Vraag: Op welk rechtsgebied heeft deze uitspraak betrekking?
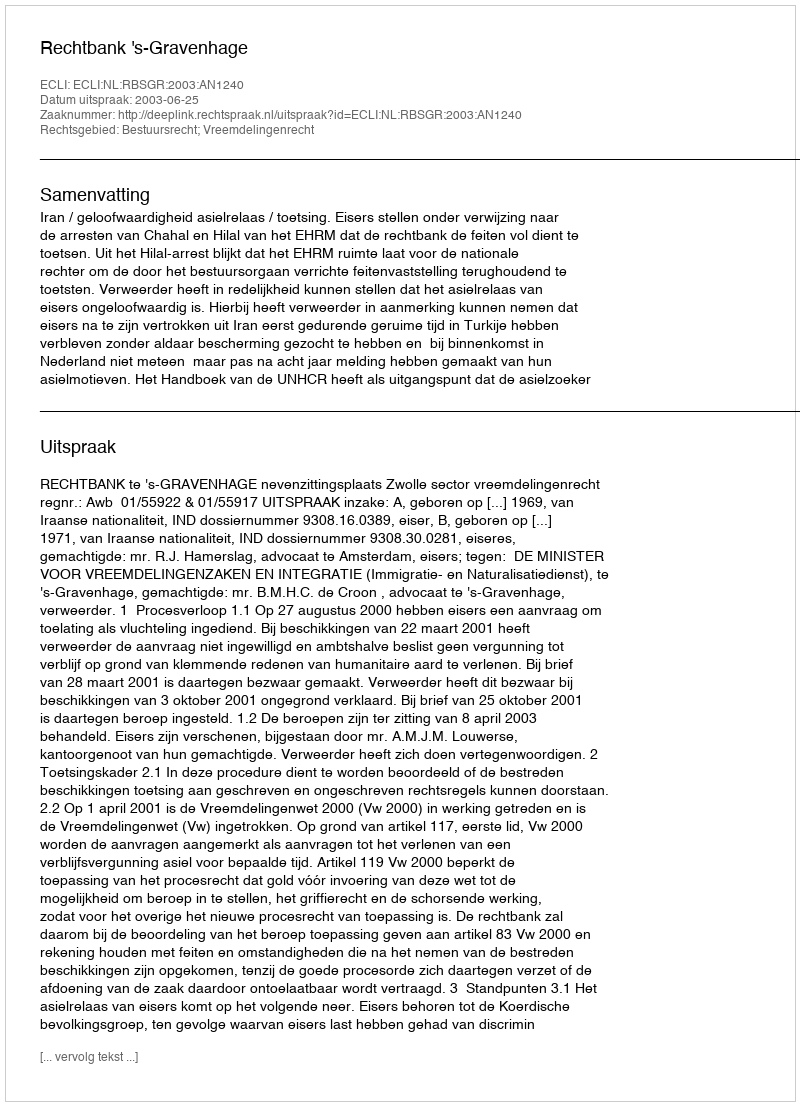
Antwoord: Bestuursrecht; Vreemdelingenrecht